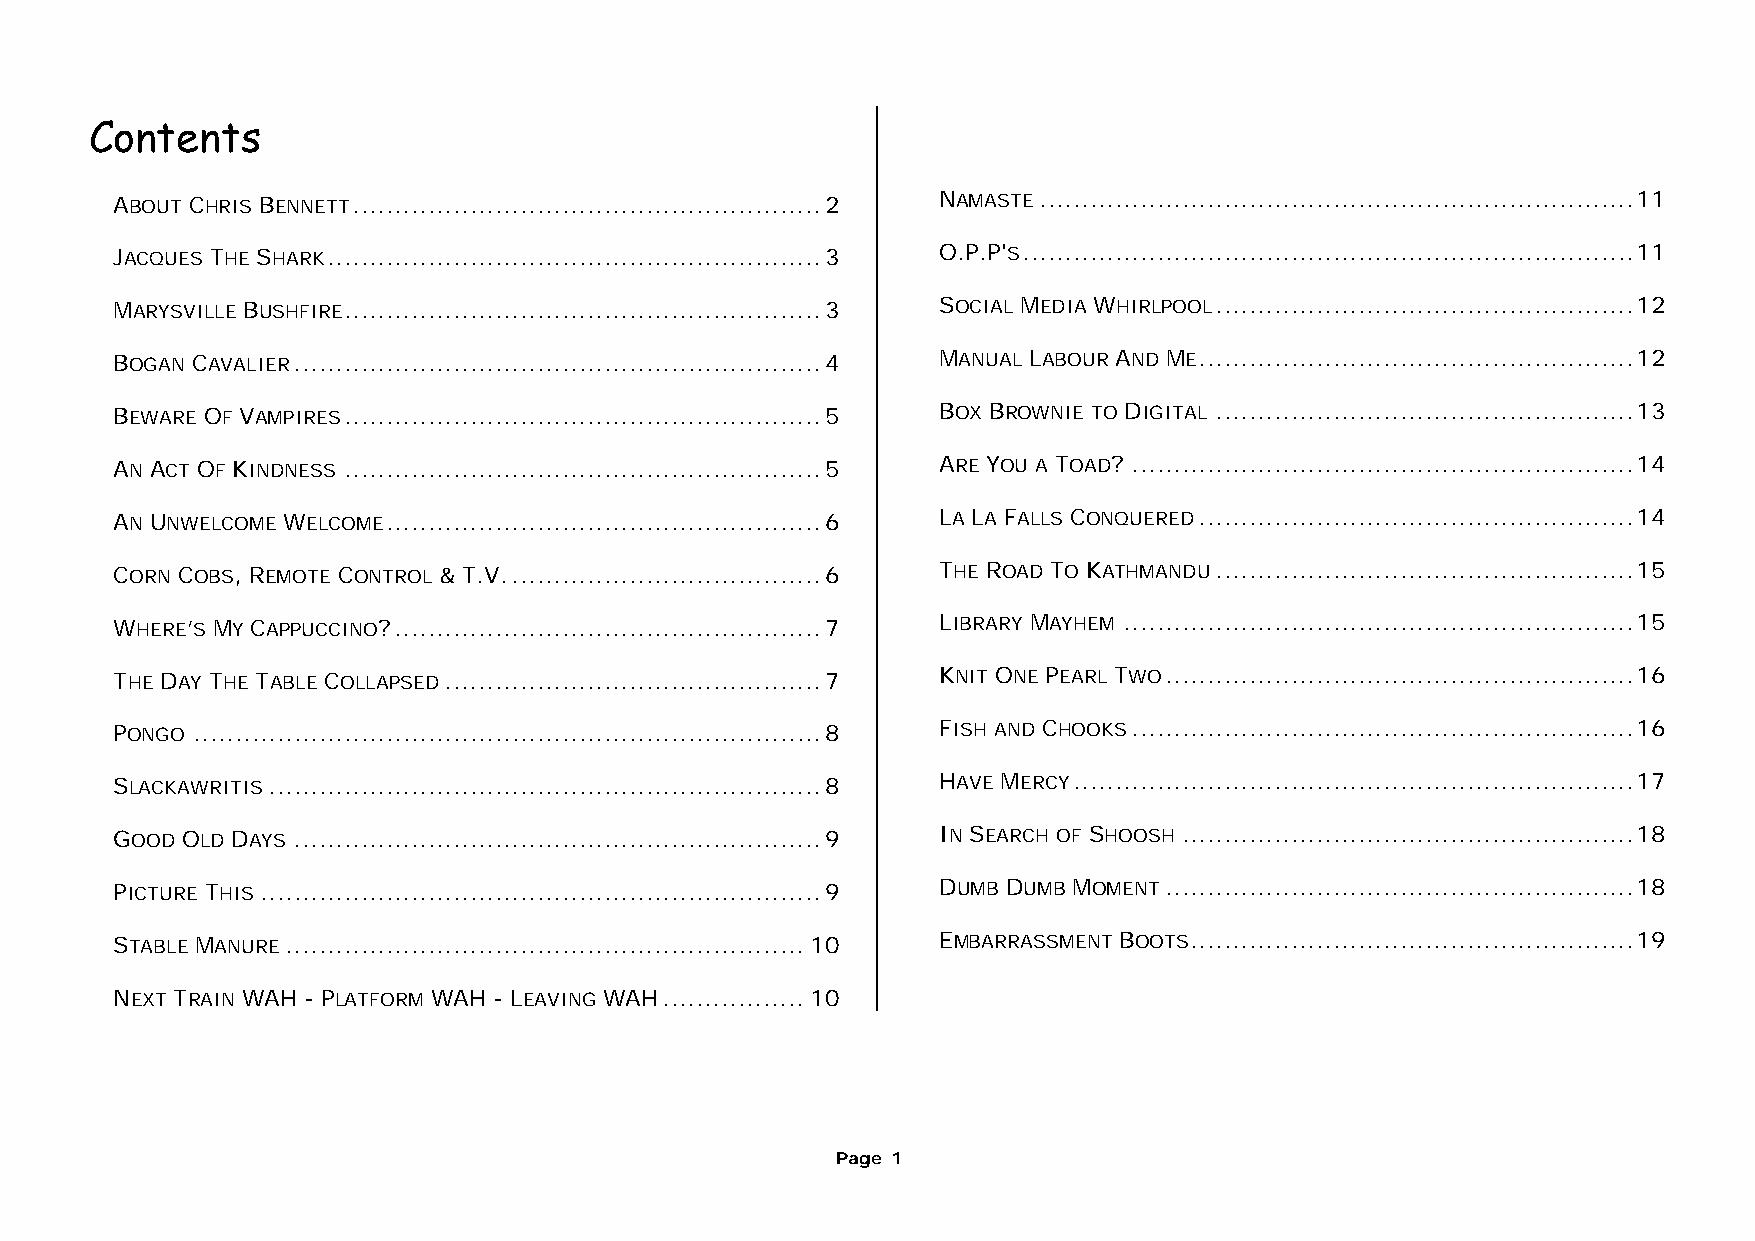
Contents
 ABOUT CHRIS BENNETT........................................................2 NAMASTE.......................................................................11
 JACQUES THE SHARK...........................................................3 O.P.P'S.........................................................................11
 MARYSVILLE BUSHFIRE.........................................................3 SOCIAL MEDIA WHIRLPOOL..................................................12
 BOGAN CAVALIER...............................................................4 MANUAL LABOUR AND ME....................................................12
 BEWARE OF VAMPIRES.........................................................5 BOX BROWNIE TO DIGITAL ..................................................13
 AN ACT OF KINDNESS .........................................................5 ARE YOU A TOAD? ............................................................14
 AN UNWELCOME WELCOME....................................................6 LA LA FALLS CONQUERED....................................................14
 CORN COBS, REMOTE CONTROL & T.V......................................6 THE ROAD TO KATHMANDU..................................................15
 WHERE’S MY CAPPUCCINO?...................................................7 LIBRARY MAYHEM .............................................................15
 THE DAY THE TABLE COLLAPSED.............................................7 KNIT ONE PEARL TWO........................................................16
 PONGO ...........................................................................8 FISH AND CHOOKS............................................................16
 SLACKAWRITIS..................................................................8 HAVE MERCY...................................................................17
 GOOD OLD DAYS ...............................................................9 IN SEARCH OF SHOOSH ......................................................18
 PICTURE THIS...................................................................9 DUMB DUMB MOMENT........................................................18
 STABLE MANURE..............................................................10 EMBARRASSMENT BOOTS.....................................................19
 NEXT TRAIN WAH - PLATFORM WAH - LEAVING WAH.................10
 Page 1